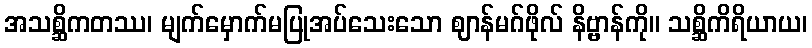
အသစ္ဆိကတဿ၊ မျက်မှောက်မပြုအပ်သေးသော ဈာန်မဂ်ဖိုလ် နိဗ္ဗာန်ကို။ သစ္ဆိကိရိယာယ၊